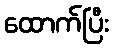
ထောက်ပြီး